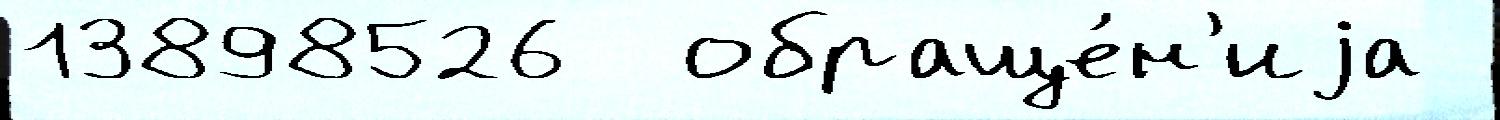
13898526  обраще́н'иjа